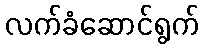
လက်ခံဆောင်ရွက်